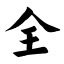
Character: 全